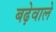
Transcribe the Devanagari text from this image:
बढ़ेवाले